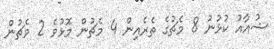
ޝުއާއު ކުޅުނު 8 މެޗުގެ ތެރެއިން 4 މެޗުން މޮޅުވެ 2 މެޗުން